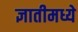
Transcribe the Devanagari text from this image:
ज्ञातीमध्ये